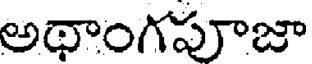
అథాంగపూజా